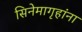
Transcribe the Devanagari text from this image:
सिनेमागृहांना